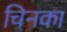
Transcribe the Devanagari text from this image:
चिनका